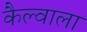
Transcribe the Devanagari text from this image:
कैल्वाला